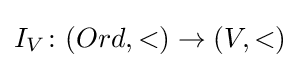
I_{V}\colon (Ord,<)\rightarrow (V,<)